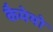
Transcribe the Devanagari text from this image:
कैमेयो